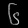
Digit: ၆